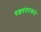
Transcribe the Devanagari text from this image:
यशवंतरावाने